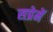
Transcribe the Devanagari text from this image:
सप्रेमें